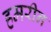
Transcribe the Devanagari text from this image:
हमरीन